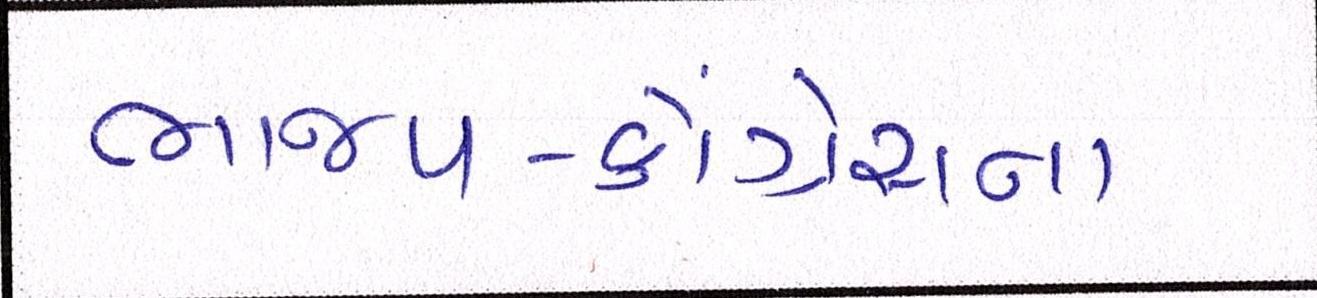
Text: ભાજપ-કોંગ્રેસના